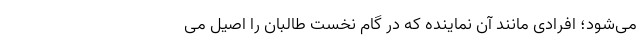
می‌شود؛ افرادی مانند آن نماینده که در گام نخست طالبان را اصیل می‌